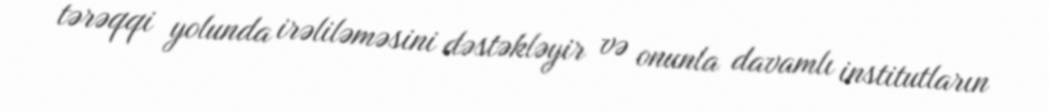
tərəqqi yolunda irəliləməsini dəstəkləyir və onunla davamlı institutların